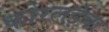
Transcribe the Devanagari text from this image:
कोरलईचा